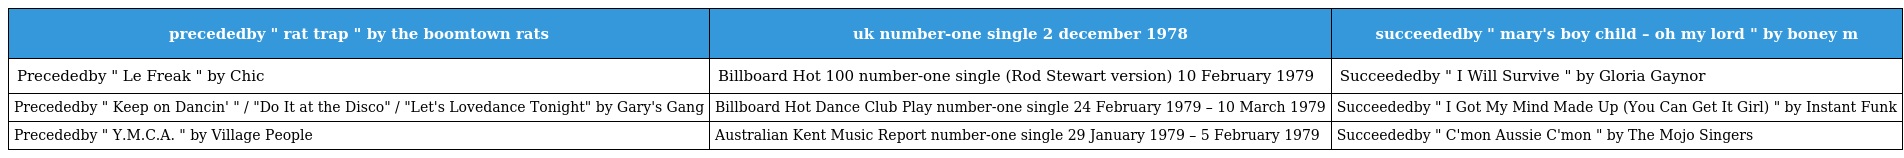
| precededby " rat trap " by the boomtown rats | uk number-one single 2 december 1978 | succeededby " mary's boy child – oh my lord " by boney m |
 | --- | --- | --- |
 | Precededby " Le Freak " by Chic | Billboard Hot 100 number-one single (Rod Stewart version) 10 February 1979 | Succeededby " I Will Survive " by Gloria Gaynor |
 | Precededby " Keep on Dancin' " / "Do It at the Disco" / "Let's Lovedance Tonight" by Gary's Gang | Billboard Hot Dance Club Play number-one single 24 February 1979 – 10 March 1979 | Succeededby " I Got My Mind Made Up (You Can Get It Girl) " by Instant Funk |
 | Precededby " Y.M.C.A. " by Village People | Australian Kent Music Report number-one single 29 January 1979 – 5 February 1979 | Succeededby " C'mon Aussie C'mon " by The Mojo Singers |